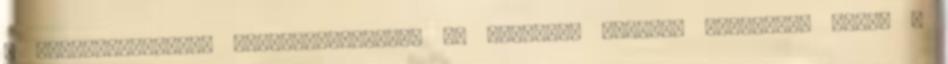
a székesfehérvári adminisztrációt, és Zlinszky alispán küldöttei útján -